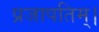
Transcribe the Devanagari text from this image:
प्रजापतिम्।